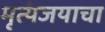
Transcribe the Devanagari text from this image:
मृत्यंजयाचा